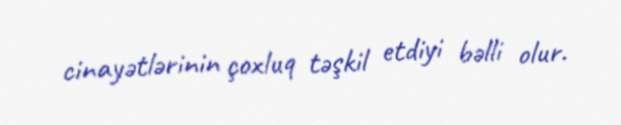
cinayətlərinin çoxluq təşkil etdiyi bəlli olur.